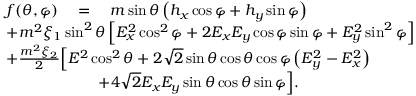
\begin{array} { r l } & { f ( \theta , \varphi ) \quad = \quad m \sin \theta \left( h _ { x } \cos \varphi + h _ { y } \sin \varphi \right) } \\ & { + m ^ { 2 } \xi _ { 1 } \sin ^ { 2 } \theta \left[ E _ { x } ^ { 2 } \cos ^ { 2 } \varphi + 2 E _ { x } E _ { y } \cos \varphi \sin \varphi + E _ { y } ^ { 2 } \sin ^ { 2 } \varphi \right] } \\ & { + \frac { m ^ { 2 } \xi _ { 2 } } { 2 } \Big [ E ^ { 2 } \cos ^ { 2 } \theta + 2 \sqrt { 2 } \sin \theta \cos \theta \cos \varphi \left( E _ { y } ^ { 2 } - E _ { x } ^ { 2 } \right) } \\ & { \qquad \qquad \qquad + 4 \sqrt { 2 } E _ { x } E _ { y } \sin \theta \cos \theta \sin \varphi \Big ] . } \end{array}